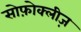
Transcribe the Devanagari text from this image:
सोफ़ोक्लीज़